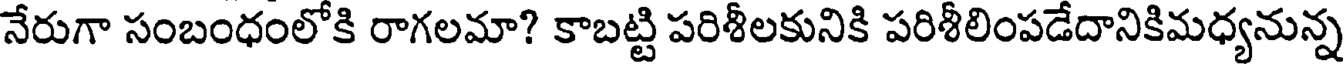
నేరుగా సంబంధంలోకి రాగలమా? కాబట్టి పరిశీలకునికి పరిశీలింపడేదానికిమధ్యనున్న